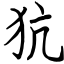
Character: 犺